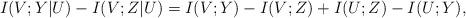
LaTeX: \begin{align*} I(V;Y|U)-I(V;Z|U)=I(V;Y)-I(V;Z)+I(U;Z)-I(U;Y),\end{align*}